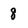
Character: 8